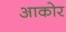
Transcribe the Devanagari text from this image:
आकोर